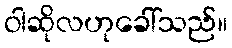
ဝါဆိုလဟုခေါ်သည်။